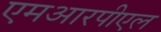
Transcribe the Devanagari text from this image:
एमआरपीएल